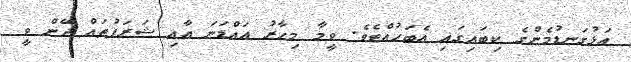
އަޅުގަނޑުމެންގެ ކިބައިގައި އެބަހުއްޓެވެ. ވީމާ މިހާރު އައްޑަނަ އާއި ޝަރަފުތައް ދޭން ވީ